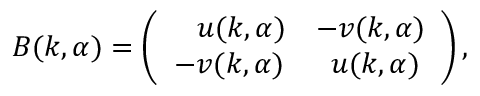
{ \cal B } ( k , \alpha ) = \left( \begin{array} { c c } { { \, \, \, \, \, u ( k , \alpha ) } } & { { - v ( k , \alpha ) } } \\ { { - v ( k , \alpha ) } } & { { \, \, u ( k , \alpha ) } } \end{array} \right) ,